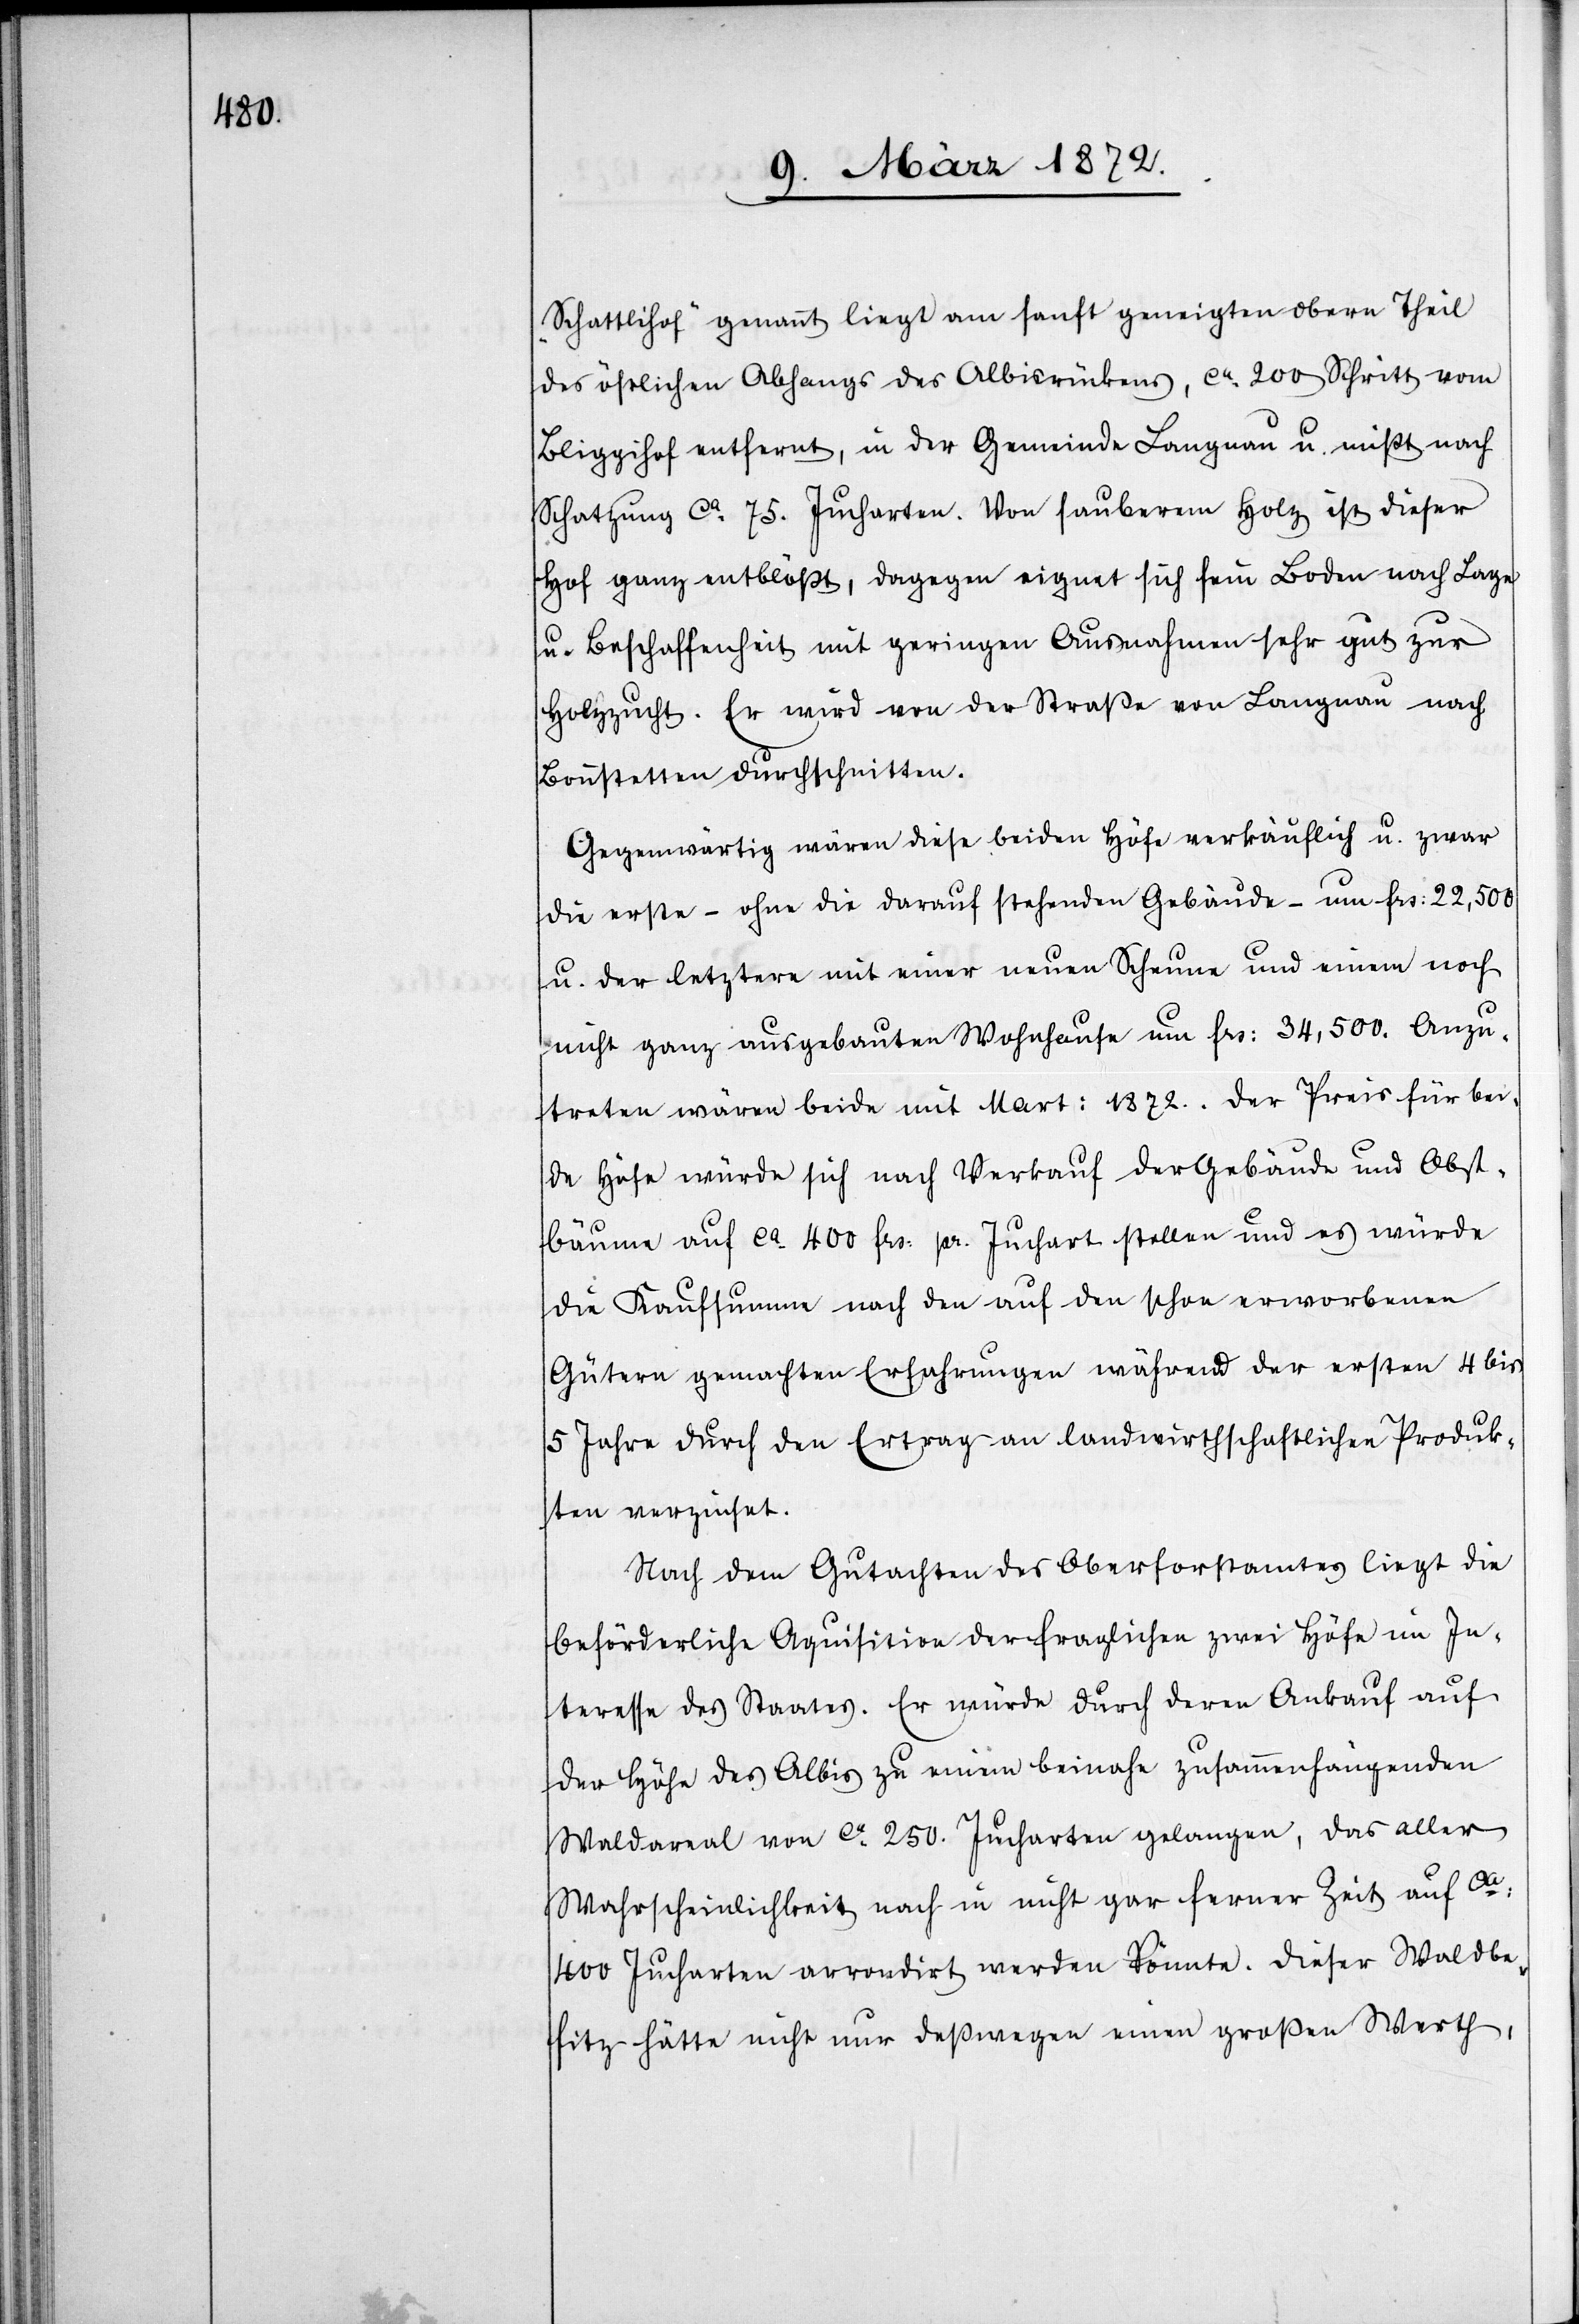
„Schattlihof“ genannt liegt am sanft geneigten obern Theil
des östlichen Abhangs des Albisrückens, ca 200 Schritt vom
Bliggihof entfernt, in der Gemeinde Langnau u. mißt nach
Schatzung ca 75. Jucharten. Von sauberem Holz ist dieser
Hof ganz entblößt, dagegen eignet sich sein Boden nach Lage
u. Beschaffenheit mit geringen Ausnahmen sehr gut zur
Holzzucht. Er wird von der Straße von Langnau nach
Bonnstetten durchschnitten.
Gegenwärtig wären diese beiden Höfe verkäuflich u. zwar
die erste – ohne die darauf stehenden Gebäude – um frs: 22,500
u. der letztere mit einer neuen Scheune und einem noch
nicht ganz ausgebauten Wohnhause um frs: 34,500. Anzu¬
treten wären beide mit Mart. 1872. Der Preis für bei¬
de Höfe würde sich nach Verkauf der Gebäude und Obst¬
bäume auf ca 400 frs: pr. Juchart stellen und es würde
die Kaufsumme nach den auf den schon erworbenen
Gütern gemachten Erfahrungen während der ersten 4 bis
5 Jahre durch den Ertrag an landwirthschaftlichen Produk¬
ten verzinset.
Nach dem Gutachten des Oberforstamtes liegt die
beförderliche Aquisition der fraglichen zwei Höfe im In¬
teresse des Staates. Er würde durch deren Ankauf auf
der Höfe des Albis zu einem beinahe zusammenhängenden
Waldareal von ca 250. Jucharten gelangen, das aller
Wahrscheinlichkeit nach in nicht gar ferner Zeit auf ca
400 Jucharten arrondirt werden könnte. Dieser Waldbe¬
sitz hätte nicht nur deßwegen einen großen Werth,